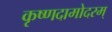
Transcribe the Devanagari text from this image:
कृष्णदामोदरम्